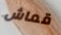
قماش